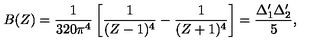
B ( Z ) = { \frac { 1 } { 3 2 0 \pi ^ { 4 } } } \left[ { \frac { 1 } { ( Z - 1 ) ^ { 4 } } } - { \frac { 1 } { ( Z + 1 ) ^ { 4 } } } \right] = { \frac { \Delta _ { 1 } ^ { \prime } \Delta _ { 2 } ^ { \prime } } { 5 } } ,